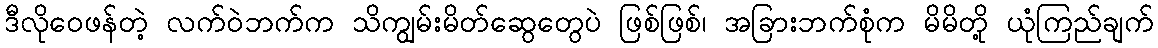
ဒီလိုဝေဖန်တဲ့ လက်ဝဲဘက်က သိကျွမ်းမိတ်ဆွေတွေပဲ ဖြစ်ဖြစ်၊ အခြားဘက်စုံက မိမိတို့ ယုံကြည်ချက်